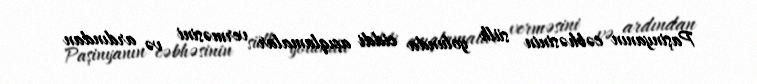
Paşinyanın cəbhəsinin sülh yolunda ciddi açıqlamalar verməsini və ardından